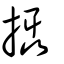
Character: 攝